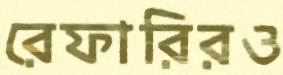
রেফারিরও